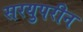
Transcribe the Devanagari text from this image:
सरयुपरीन